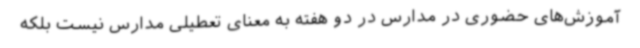
آموزش‌های حضوری در مدارس در دو هفته به معنای تعطیلی مدارس نیست بلکه